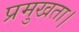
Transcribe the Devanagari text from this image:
प्रमुखता।